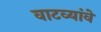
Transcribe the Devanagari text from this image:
वाटव्यांवे